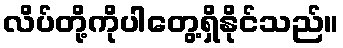
လိပ်တို့ကိုပါတွေ့ရှိနိုင်သည်။